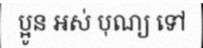
ប្អូន អស់ បុណ្យ ទៅ